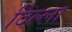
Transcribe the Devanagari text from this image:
दिल्ला